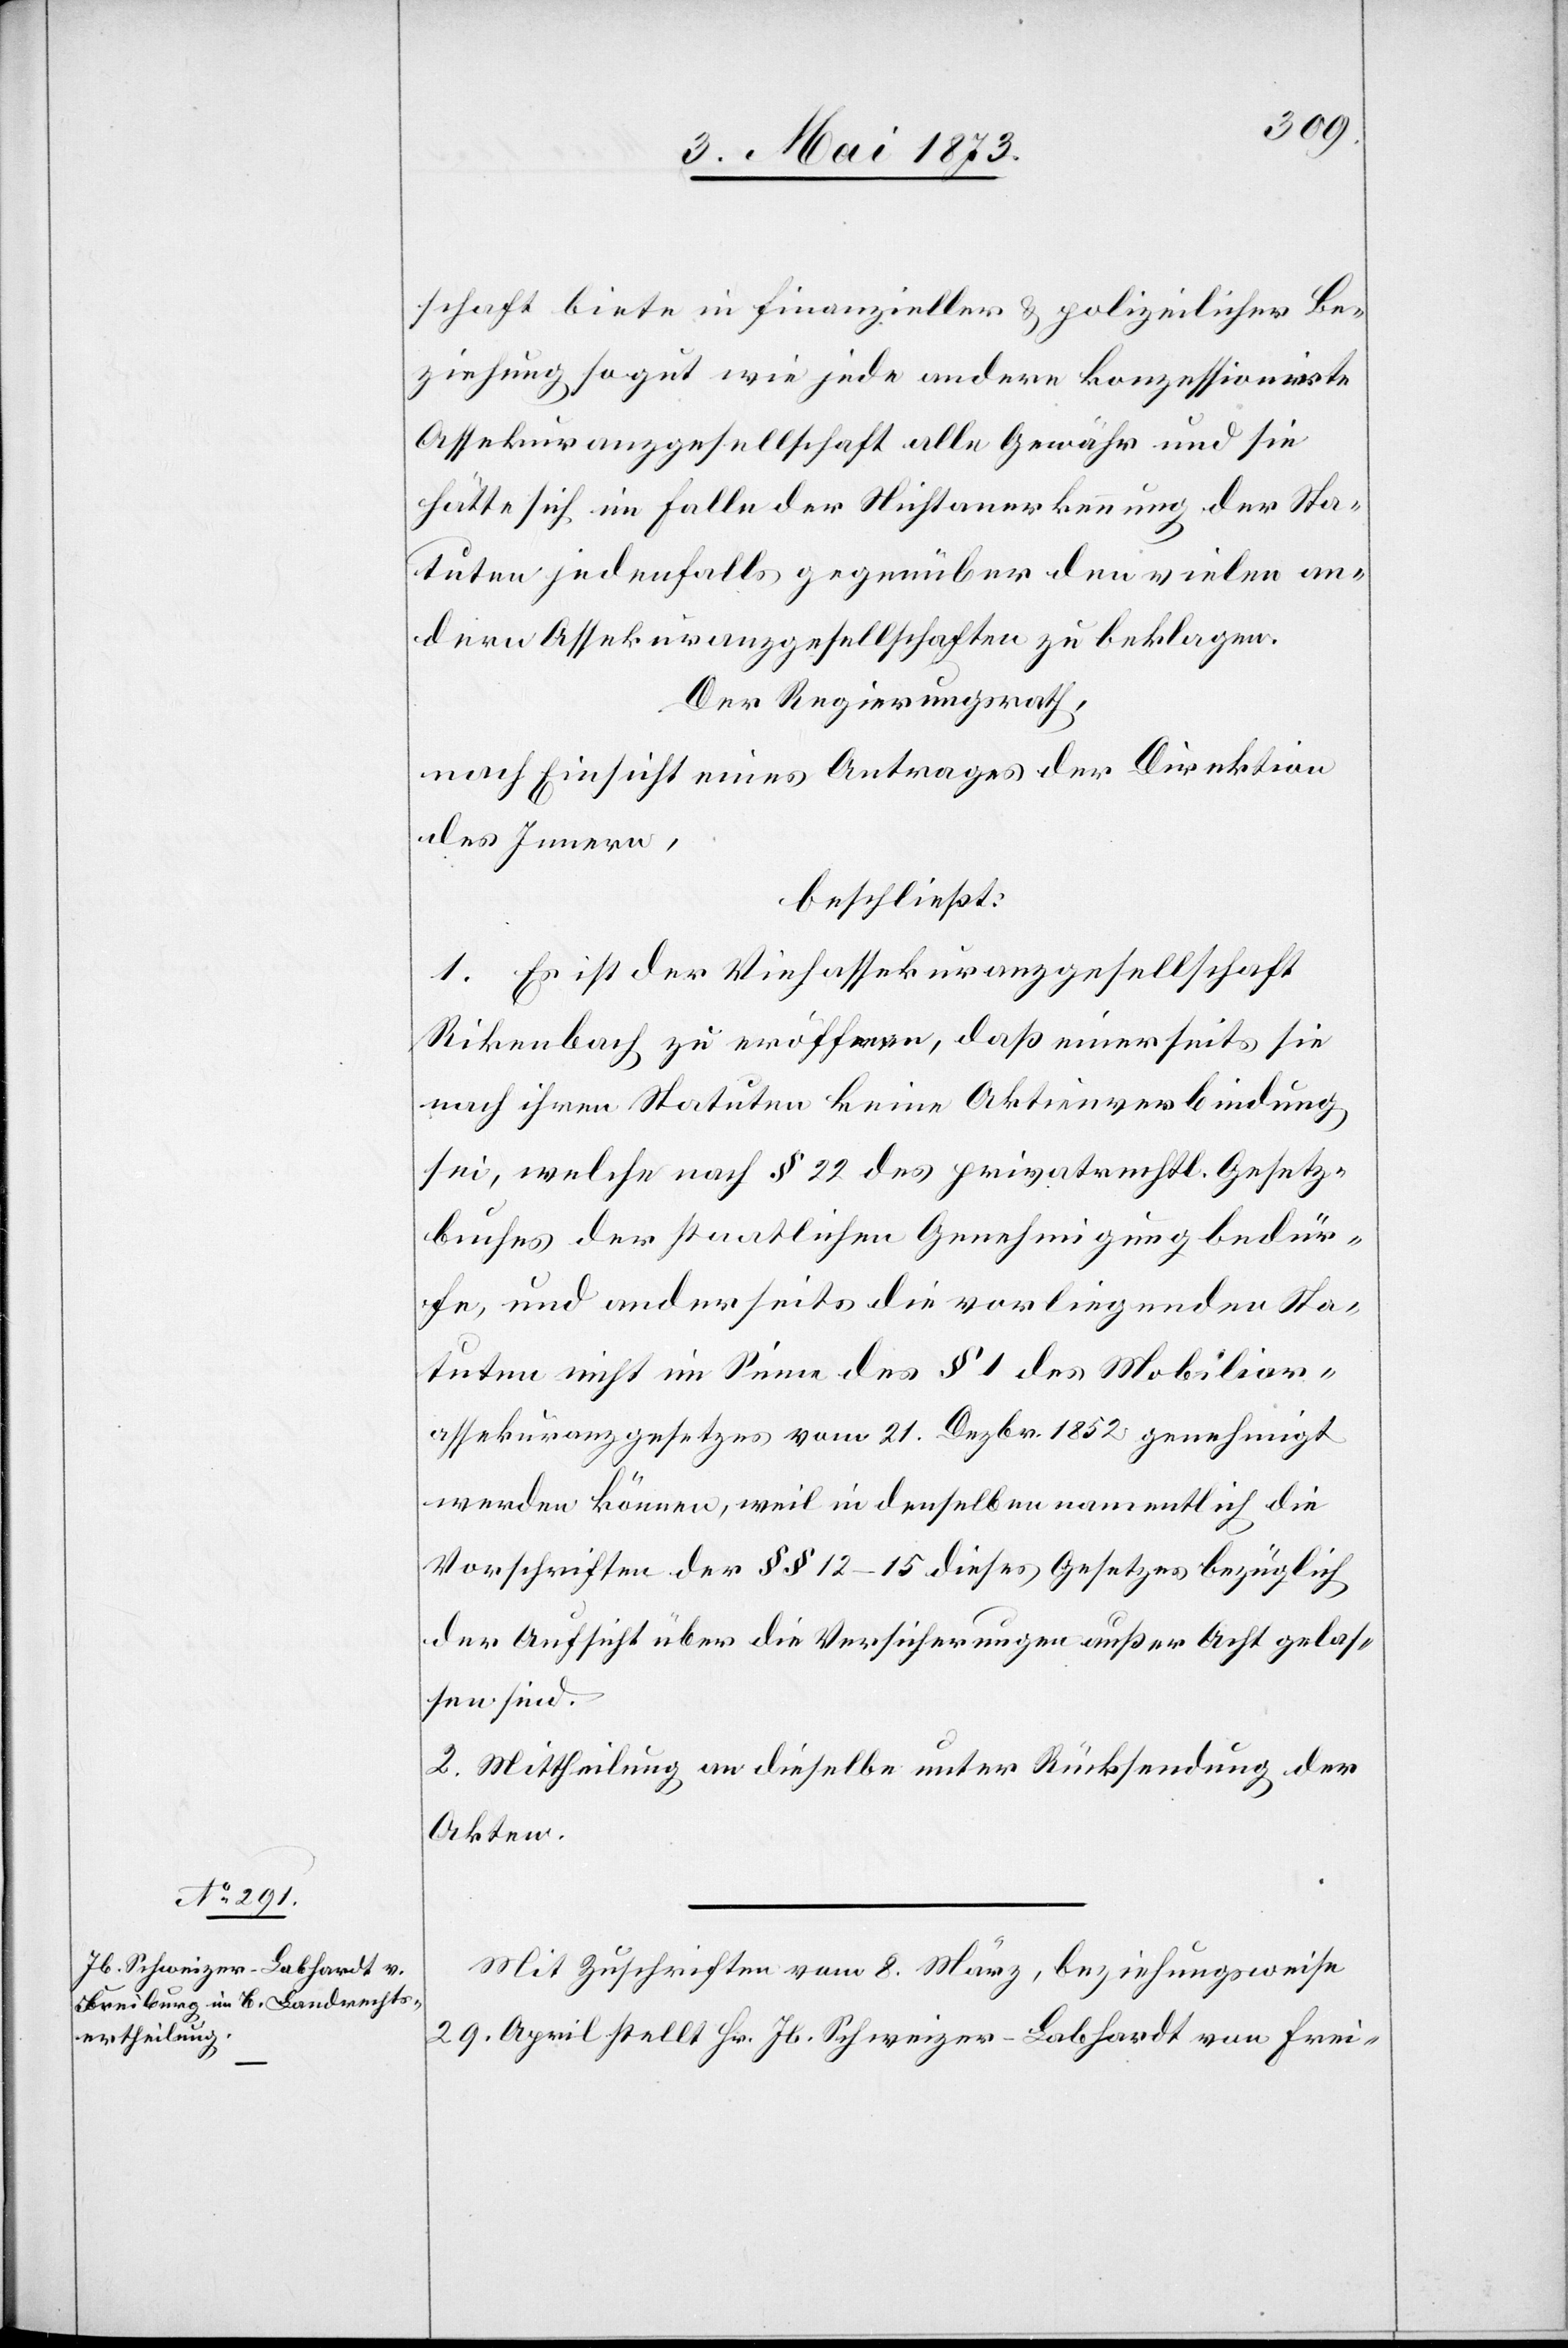
schaft biete in finanzieller & polizeilicher Be¬
ziehung so gut wie jede andere konzessionirte
Assekuranzgesellschaft alle Gewähr und sie
hätte sich im Falle der Nichtanerkennung der Sta¬
tuten jedenfalls gegenüber den vielen an¬
dern Assekuranzgesellschaften zu beklagen.
Der Regierungsrath,
nach Einsicht eines Antrages der Direktion
des Innern,
beschließt:
1. Es ist der Viehassekuranzgesellschaft
Rikenbach zu eröffnen, daß einerseits sie
nach ihren Statuten keine Aktienverbindung
sei, welche nach § 22 des privatrechtl. Gesetz¬
buches der staatlichen Genehmigung bedür¬
fe, und anderseits die vorliegenden Sta¬
tuten nicht im Sinne des § 1 des Mobiliar¬
assekuranzgesetzes vom 21. Dezbr. 1852 genehmigt
werden können, weil in denselben namentlich die
Vorschriften der §§ 12–15 dieses Gesetzes bezüglich
der Aufsicht über die Versicherungen außer Acht gelas¬
sen sind.
2. Mittheilung an dieselbe unter Rücksendung der
Akten.
Mit Zuschriften vom 8. März, beziehungsweise
29. April stellt Hr. Jb. Schweizer-Labhardt von Frei-